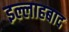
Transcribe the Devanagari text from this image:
इल्लाहबाद